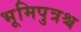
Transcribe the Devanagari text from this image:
भूमिपुत्रश्च